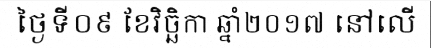
ថ្ងៃទី០៩ ខែវិច្ឆិកា ឆ្នាំ២០១៧ នៅលើ